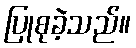
ပြုစုခဲ့သည်။